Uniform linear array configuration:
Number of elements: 4
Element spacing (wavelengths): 0.25
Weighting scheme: exponential
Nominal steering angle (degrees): -15
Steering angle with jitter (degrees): -14.121
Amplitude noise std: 0.05
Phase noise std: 0.05

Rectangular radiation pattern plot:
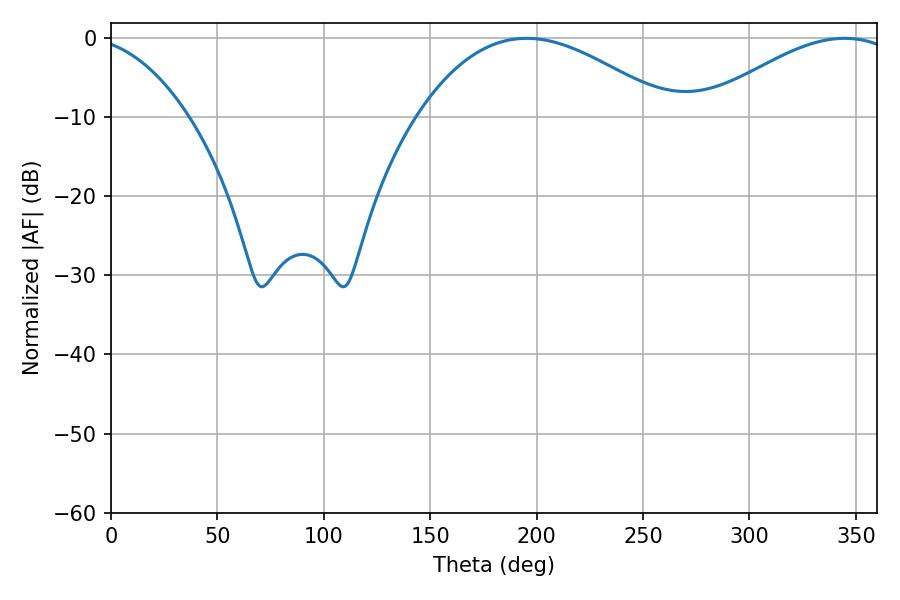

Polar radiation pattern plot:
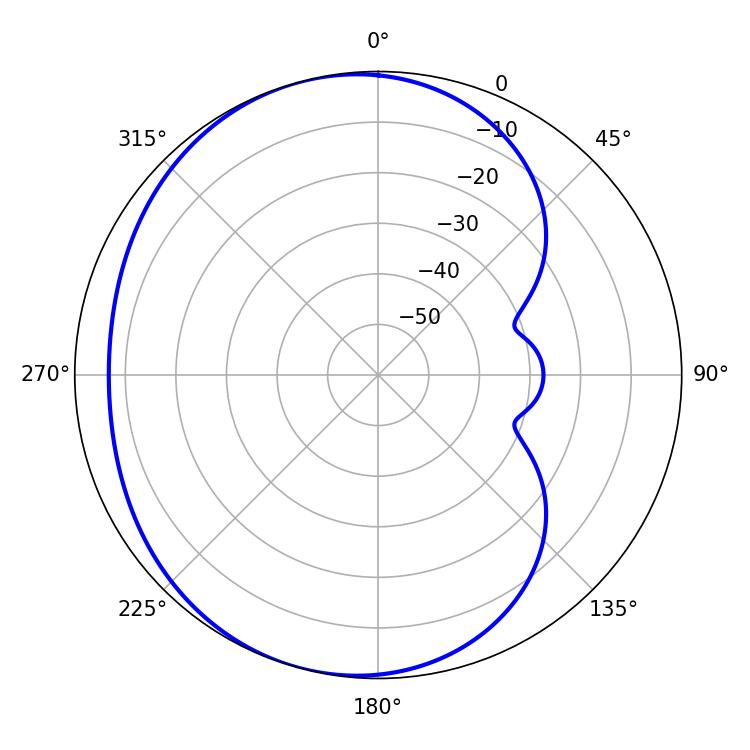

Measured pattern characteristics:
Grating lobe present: FALSE
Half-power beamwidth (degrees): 50.76
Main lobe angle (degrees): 344.7